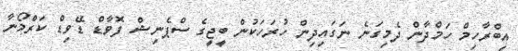
އިބްރާހިމް ހަމްދާން ދެމިގަނެ ނަގައިދިން ހުރަހަކުން ބީޖީގެ ސްޕެނިޝް ފޮވާޑް ޑޭވިޑް ކަރްމޯނާ